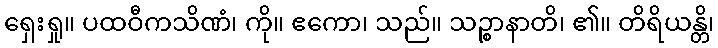
ရှေးရှု။ ပထဝီကသိဏံ၊ ကို။ ဧကော၊ သည်။ သဉ္စာနာတိ၊ ၏။ တိရိယန္တိ၊